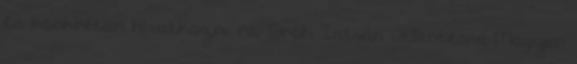
és konkrétan hivatkozni rá: Gróh István Jelentés a Magyar